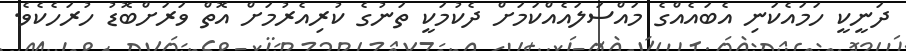
ދަނީކީ ހަމައެކަނި އެބައެއްގެ މައްސަލައެއްކަމަށް ދެކުމަކީ ތަނުގެ ކުރިއެރުމަށް އޮތް ވަރަށްބޮޑު ހުރަހެކެވެ.